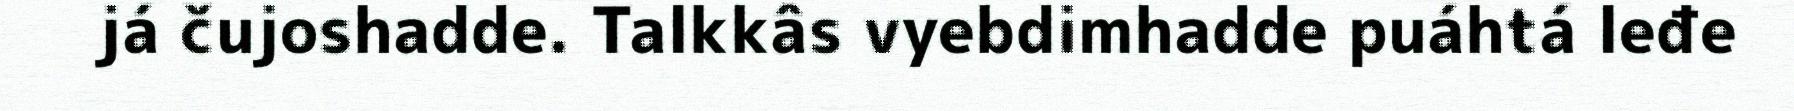
já čujoshadde. Talkkâs vyebdimhadde puáhtá leđe